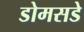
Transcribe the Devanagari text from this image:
डोमसडे